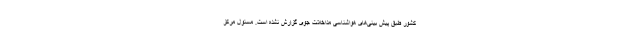
کشور طبق پیش بینی‌های هواشناسی مداخلات جوی گزارش نشده است. مسئول مرکز